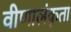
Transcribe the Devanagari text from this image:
वीणालंकृता